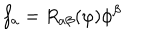
f _ { a } = { \it R } _ { a \beta } ( \varphi ) \phi ^ { \beta }